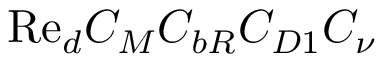
\mathrm { R e } _ { d } C _ { M } C _ { b R } C _ { D 1 } C _ { \nu }